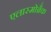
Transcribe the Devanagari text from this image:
एलास्मोब्रैक